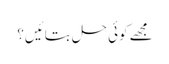
مجھے کوئی حل بتائیں؟